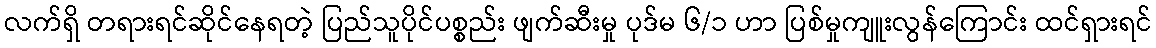
လက်ရှိ တရားရင်ဆိုင်နေရတဲ့ ပြည်သူပိုင်ပစ္စည်း ဖျက်ဆီးမှု ပုဒ်မ ၆/၁ ဟာ ပြစ်မှုကျူးလွန်ကြောင်း ထင်ရှားရင်